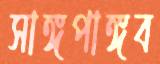
সাঙ্গপাঙ্গব